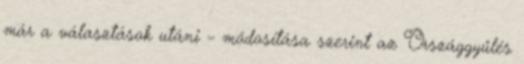
már a választások utáni – módosítása szerint az Országgyűlés